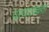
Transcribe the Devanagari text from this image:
प्रत्ययवक्रता